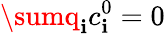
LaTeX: \sumq_{\mathbf{i}}c_{\mathbf{i}}^{0}=0